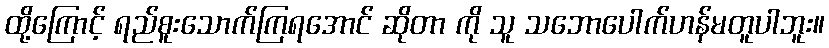
ထို့ကြောင့် ရည်စူးသောက်ကြရအောင် ဆိုတာ ကို သူ သဘောပေါက်ဟန်မတူပါဘူး။